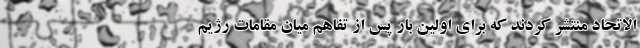
الاتحاد منتشر کردند که برای اولین بار پس از تفاهم میان مقامات رژیم